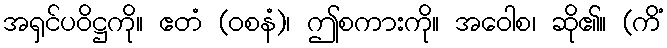
အရှင်ပဝိဋ္ဌကို။ ဧတံ (ဝစနံ)၊ ဤစကားကို။ အဝေါစ၊ ဆို၏။ (ကိံ